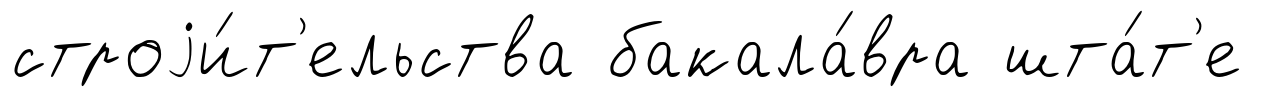
строjи́т'ельства бакала́вра шта́т'е